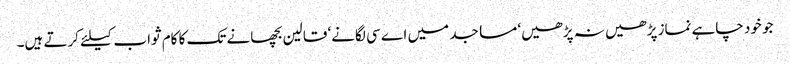
جو خود چاہے نماز پڑھیں نہ پڑھیں‘ مساجد میں اے سی لگانے‘ قالین بچھانے تک کا کام ثواب کیلئے کرتے ہیں۔